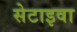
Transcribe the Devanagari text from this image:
सेटाइवा